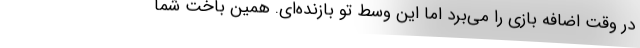
در وقت اضافه بازی را می‌برد اما این وسط تو بازنده‌ای. همین باخت شما